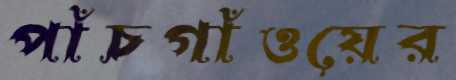
পাঁচগাঁওয়ের